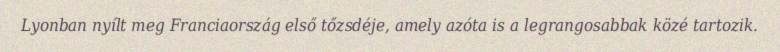
Lyonban nyílt meg Franciaország első tőzsdéje, amely azóta is a legrangosabbak közé tartozik.